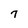
Character: 7